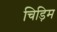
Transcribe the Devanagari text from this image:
चिड़िम